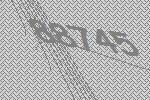
88745